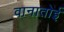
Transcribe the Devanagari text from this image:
वानातोई